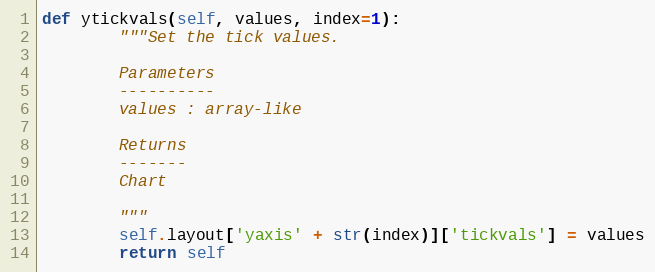
Language: Python
def ytickvals(self, values, index=1):
        """Set the tick values.

        Parameters
        ----------
        values : array-like

        Returns
        -------
        Chart

        """
        self.layout['yaxis' + str(index)]['tickvals'] = values
        return self